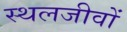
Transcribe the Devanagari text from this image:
स्थलजीवों